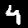
Digit: 4